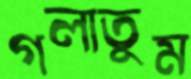
গলাতুম